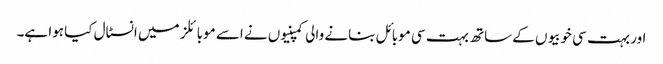
اور بہت سی خوبیوں کے ساتھ بہت سی موبائل بنانے والی کمپنیوں نے اسے موبائلز میں انسٹال کیا ہوا ہے۔